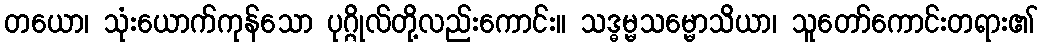
တယော၊ သုံးယောက်ကုန်သော ပုဂ္ဂိုလ်တို့လည်းကောင်း။ သဒ္ဓမ္မသမ္မောသိယာ၊ သူတော်ကောင်းတရား၏